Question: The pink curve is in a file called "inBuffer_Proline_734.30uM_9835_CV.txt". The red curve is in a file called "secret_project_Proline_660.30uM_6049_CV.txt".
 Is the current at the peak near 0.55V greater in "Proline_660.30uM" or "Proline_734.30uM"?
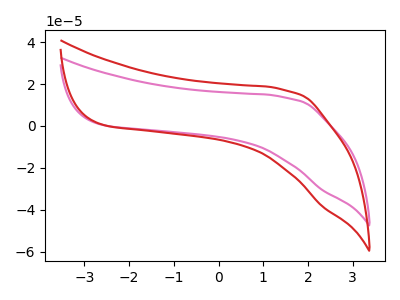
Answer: <think>The pink curve "Proline_734.30uM" has no peaks. The red curve "Proline_660.30uM" has no peaks.</think>
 <answer>"Proline_660.30uM" and "Proline_734.30uM" dont share a peak at 0.55V.</answer>
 <eval>mismatch</eval>